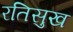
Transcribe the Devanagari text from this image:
रतिसुख